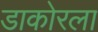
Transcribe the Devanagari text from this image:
डाकोरला